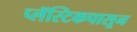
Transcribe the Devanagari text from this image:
प्लॅस्टिकपासून